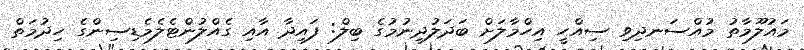
މައުލޫމާތު މުއްސަނދިވި ސިއްހީ އިހްމާލަށް ބަދަލުދިނުމުގެ ބިލް: ފައިދާ އާއި ގެއްލުންޓެލެމެޑިސިންގެ ހިދުމަތް